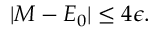
\begin{array} { r } { | M - E _ { 0 } | \leq 4 \epsilon . } \end{array}